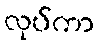
လုပ်ကာ